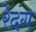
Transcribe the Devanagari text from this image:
रेदंग